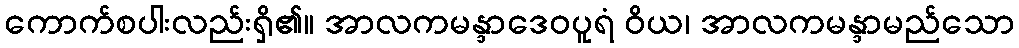
ကောက်စပါးလည်းရှိ၏။ အာလကမန္ဒာဒေဝပူရံ ဝိယ၊ အာလကမန္ဒာမည်သော